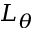
L _ { \theta }